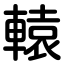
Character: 轅